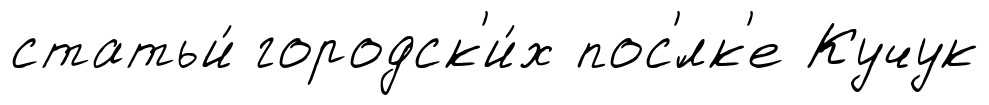
статьи́ городск'и́х пос'́лк'е Кучук